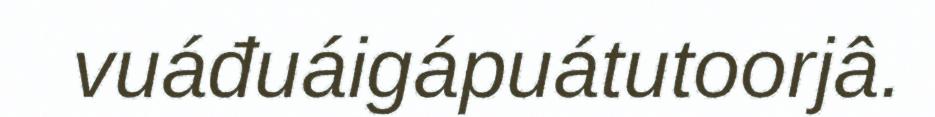
vuáđuáigápuátutoorjâ.